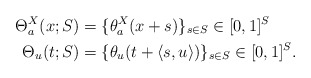
\begin{align*}\Theta_a^X(x;S)&=\{\theta_a^X(x+s)\}_{s\in S} \in [0,1]^S\\\Theta_u(t;S)&=\{\theta_u(t+\langle s, u \rangle)\}_{s\in S} \in [0,1]^S. \end{align*}